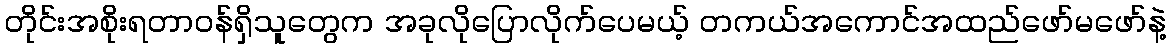
တိုင်းအစိုးရတာဝန်ရှိသူတွေက အခုလိုပြောလိုက်ပေမယ့် တကယ်အကောင်အထည်ဖော်မဖော်နဲ့